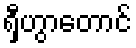
ရှီဟွာတောင်